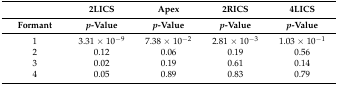
<table><thead><tr><td></td><td><b>2LICS</b></td><td><b>Apex</b></td><td><b>2RICS</b></td><td><b>4LICS</b></td></tr><tr><td><b>Formant</b></td><td><b><i>p</i>-Value</b></td><td><b><i>p</i>-Value</b></td><td><b><i>p</i>-Value</b></td><td><b><i>p</i>-Value</b></td></tr></thead><tbody><tr><td>1</td><td>3.31 × 10<sup>−9</sup></td><td>7.38 × 10<sup>−2</sup></td><td>2.81 × 10<sup>−3</sup></td><td>1.03 × 10<sup>−1</sup></td></tr><tr><td>2</td><td>0.12</td><td>0.06</td><td>0.19</td><td>0.56</td></tr><tr><td>3</td><td>0.02</td><td>0.19</td><td>0.61</td><td>0.14</td></tr><tr><td>4</td><td>0.05</td><td>0.89</td><td>0.83</td><td>0.79</td></tr></tbody></table>